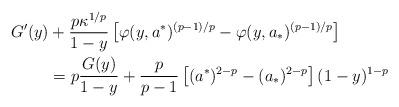
LaTeX: \begin{align*}G'(y) & + \frac{p \kappa^{1/p}}{1-y} \left[ \varphi(y,a^*)^{(p-1)/p} - \varphi(y,a_*)^{(p-1)/p} \right] \\& = p\frac{G(y)}{1-y} + \frac{p}{p-1} \left[ (a^*)^{2-p} - (a_*)^{2-p} \right] (1-y)^{1-p} \end{align*}